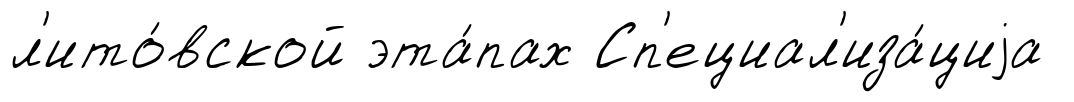
л'ито́вской эта́пах Сп'ециал'иза́циjа